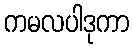
ကမလပါဒုကာ